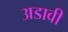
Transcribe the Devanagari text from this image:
अडावी